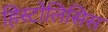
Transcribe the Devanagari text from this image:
हिस्टोलिसिस